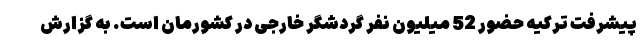
پیشرفت ترکیه حضور 52 میلیون نفر گردشگر خارجی در کشورمان است. به گزارش